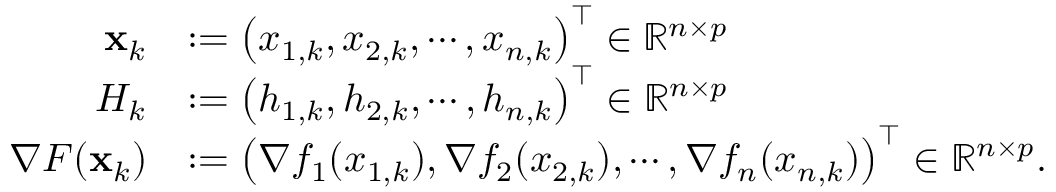
\begin{array} { r l } { \mathbf { x } _ { k } } & { : = \left( x _ { 1 , k } , x _ { 2 , k } , \cdots , x _ { n , k } \right) ^ { \intercal } \in \mathbb { R } ^ { n \times p } } \\ { H _ { k } } & { : = \left( h _ { 1 , k } , h _ { 2 , k } , \cdots , h _ { n , k } \right) ^ { \intercal } \in \mathbb { R } ^ { n \times p } } \\ { \nabla F ( \mathbf { x } _ { k } ) } & { : = \left( \nabla f _ { 1 } ( x _ { 1 , k } ) , \nabla f _ { 2 } ( x _ { 2 , k } ) , \cdots , \nabla f _ { n } ( x _ { n , k } ) \right) ^ { \intercal } \in \mathbb { R } ^ { n \times p } . } \end{array}